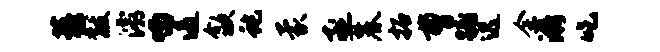
藜黻灞喃遏歙蛇蒙亟麓拓曹蹶迟余漪吃